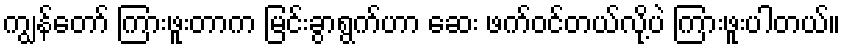
ကျွန်တော် ကြားဖူးတာက မြင်းခွာရွက်ဟာ ဆေး ဖက်ဝင်တယ်လို့ပဲ ကြားဖူးပါတယ်။